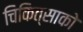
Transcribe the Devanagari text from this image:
चिकित्‍साको